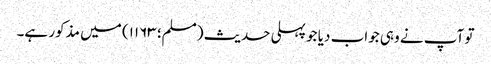
تو آپ نے وہی جواب دیا جو پہلی حدیث (مسلم؛ ۱۱۶۳) میں مذکور ہے۔